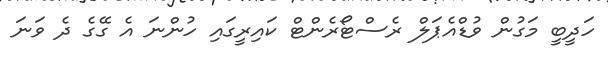
ހަދީބީ މަގުން ވުޑްއެޕަލް ރެސްޓޯރެންޓް ކައިރީގައި ހުންނަ އެ ގޭގެ ދެ ވަނަ